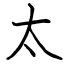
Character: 太